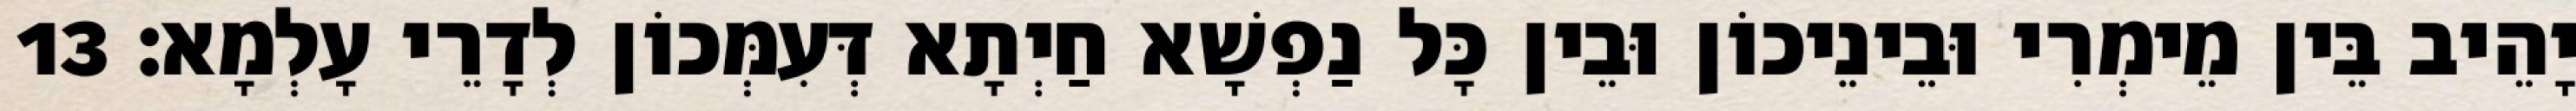
יָהֵיב בֵּין מֵימְרִי וּבֵינֵיכוֹן וּבֵין כָּל נַפְשָׁא חַיְתָא דְּעִמְּכוֹן לְדָרֵי עָלְמָא׃ 13